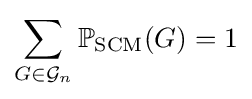
\sum _{G\in {\mathcal {G}}_{n}}\mathbb {P} _{\text{SCM}}(G)=1